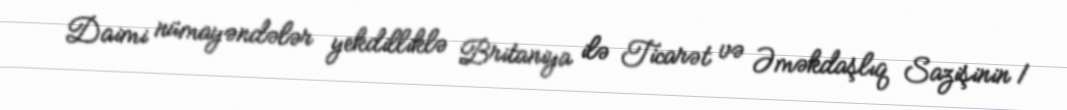
Daimi nümayəndələr yekdilliklə Britaniya ilə Ticarət və Əməkdaşlıq Sazişinin 1